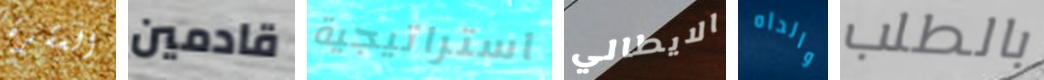
العشرة قادمين استراتيجية الايطالي والداه بالطلب